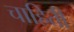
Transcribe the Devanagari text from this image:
चाहिती